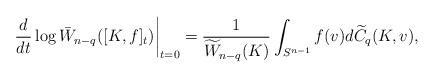
LaTeX: \begin{align*}\left.\frac{d}{dt}\log \bar{W}_{n-q}([K,f]_t)\right|_{t=0}=\frac{1}{\widetilde{W}_{n-q}(K)}\int_{S^{n-1}}f(v)d\widetilde{C}_q(K,v),\end{align*}